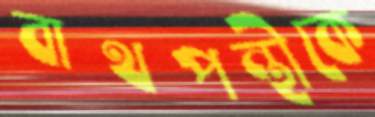
বাথপন্থীকে